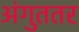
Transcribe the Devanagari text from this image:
अंगुततर